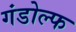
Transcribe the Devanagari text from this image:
गंडोल्फ